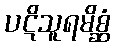
ပဋိသူရမိစ္ဆံ